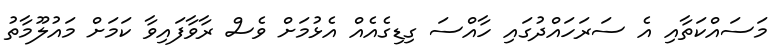
މަސައްކަތާއި އެ ސަރަހައްދުގައި ހާއްސަ ގިޑިގެއެއް އެޅުމަށް ވެސް ރާވާފައިވާ ކަމަށް މައުލޫމާތު